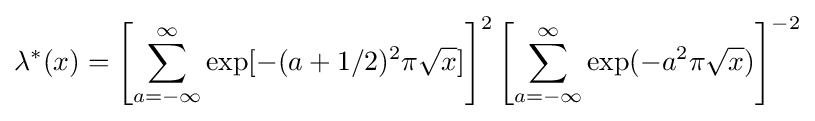
\lambda ^{*}(x)=\left[\sum _{a=-\infty }^{\infty }\exp[-(a+1/2)^{2}\pi {\sqrt {x}}]\right]^{2}\left[\sum _{a=-\infty }^{\infty }\exp(-a^{2}\pi {\sqrt {x}})\right]^{-2}